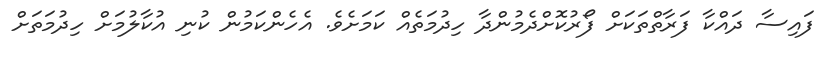
ފައިސާ ދައްކާ ފަރާތްތަކަށް ފޯރުކޮށްދެމުންދާ ހިދުމަތެއް ކަމަށެވެ. އެހެންކަމުން ކުނި އުކާލުމަށް ހިދުމަތަށް